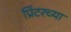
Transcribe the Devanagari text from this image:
प्रिंटरच्या